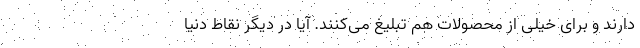
دارند و برای خیلی از محصولات هم تبلیغ می‌کنند. آیا در دیگر نقاط دنیا